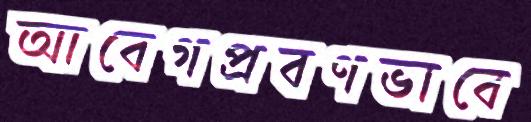
আবেগপ্রবণভাবে